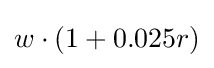
w\cdot \left(1+0.025r\right)